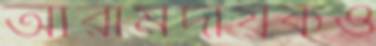
আরামদায়কও